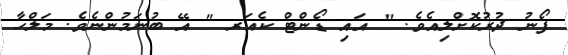
ފޯނު ދުރުކޮށްލިއެވެ. " އައި ޑޯންޓް ކެއަރ " އޭ ބުނަމުންނެވެ. މަލްހާ